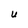
Character: U